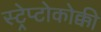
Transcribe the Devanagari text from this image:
स्ट्रेप्टोकोक्की